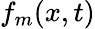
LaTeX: f_{m}(x,t)